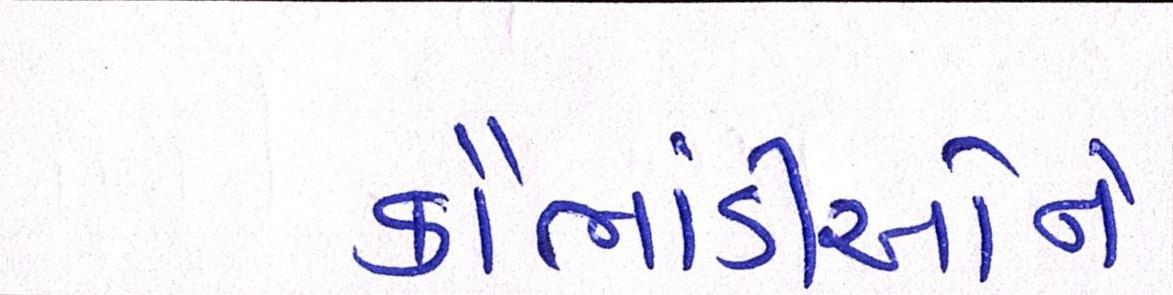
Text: કૌભાંડીઓને